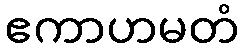
ဧကာဟမတံ